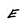
Character: E